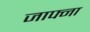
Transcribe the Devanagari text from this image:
जाफ्ना